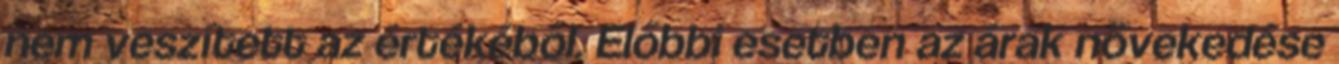
nem veszített az értékéből. Előbbi esetben az árak növekedése